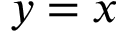
y = x